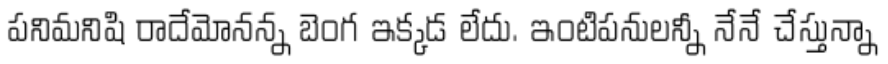
పనిమనిషి రాదేమోనన్న బెంగ ఇక్కడ లేదు. ఇంటిపనులన్నీ నేనే చేస్తున్నా